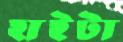
হাইটা